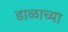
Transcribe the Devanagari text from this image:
डाळाच्या